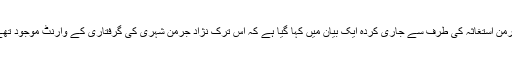
جرمن استغاثہ کی طرف سے جاری کردہ ایک بیان میں کہا گیا ہے کہ اس ترک نژاد جرمن شہری کی گرفتاری کے وارنٹ موجود تھے۔